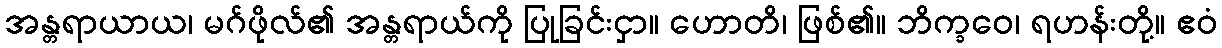
အန္တရာယာယ၊ မဂ်ဖိုလ်၏ အန္တရာယ်ကို ပြုခြင်းငှာ။ ဟောတိ၊ ဖြစ်၏။ ဘိက္ခဝေ၊ ရဟန်းတို့။ ဧဝံ